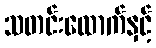
သတင်းထောက်နှင့်